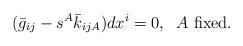
LaTeX: \begin{align*}(\bar{g}_{ij} -s^{A}\bar{k}_{ijA})dx^{i}= 0 , \;\; A \mbox{ fixed}.\end{align*}